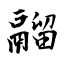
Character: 鬸